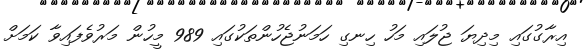
އިރާގުގައި މިދިޔަ ޖުލައި މަހު ހިނގި ހަމަނުޖެހުންތަކުގައި 989 މީހުން މަރުވެފައިވާ ކަމަށް